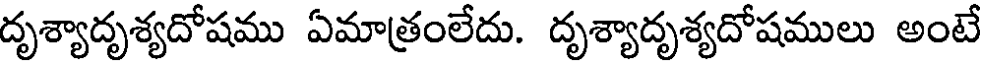
దృశ్యాదృశ్యదోషము ఏమాత్రంలేదు. దృశ్యాదృశ్యదోషములు అంటే